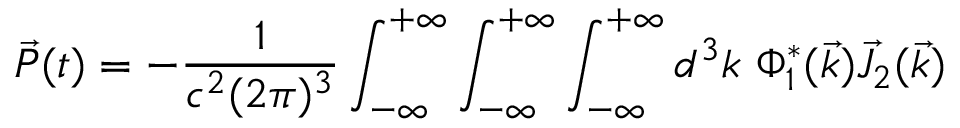
\vec { P } ( t ) = - \frac { 1 } { c ^ { 2 } ( 2 \pi ) ^ { 3 } } \int _ { - \infty } ^ { + \infty } \int _ { - \infty } ^ { + \infty } \int _ { - \infty } ^ { + \infty } d ^ { 3 } k ~ \Phi _ { 1 } ^ { * } ( \vec { k } ) \vec { J } _ { 2 } ( \vec { k } )